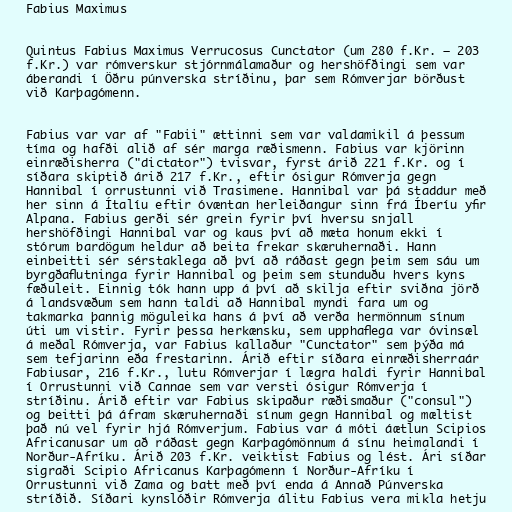
Fabius Maximus

Quintus Fabius Maximus Verrucosus Cunctator (um 280 f.Kr. – 203
f.Kr.) var rómverskur stjórnmálamaður og hershöfðingi sem var
áberandi í Öðru púnverska stríðinu, þar sem Rómverjar börðust
við Karþagómenn.

Fabius var var af "Fabii" ættinni sem var valdamikil á þessum
tíma og hafði alið af sér marga ræðismenn. Fabius var kjörinn
einræðisherra ("dictator") tvisvar, fyrst árið 221 f.Kr. og í
síðara skiptið árið 217 f.Kr., eftir ósigur Rómverja gegn
Hannibal í orrustunni við Trasimene. Hannibal var þá staddur með
her sinn á Ítalíu eftir óvæntan herleiðangur sinn frá Íberíu yfir
Alpana. Fabius gerði sér grein fyrir því hversu snjall
hershöfðingi Hannibal var og kaus því að mæta honum ekki í
stórum bardögum heldur að beita frekar skæruhernaði. Hann
einbeitti sér sérstaklega að því að ráðast gegn þeim sem sáu um
byrgðaflutninga fyrir Hannibal og þeim sem stunduðu hvers kyns
fæðuleit. Einnig tók hann upp á því að skilja eftir sviðna jörð
á landsvæðum sem hann taldi að Hannibal myndi fara um og
takmarka þannig möguleika hans á því að verða hermönnum sínum
úti um vistir. Fyrir þessa herkænsku, sem upphaflega var óvinsæl
á meðal Rómverja, var Fabius kallaður "Cunctator" sem þýða má
sem tefjarinn eða frestarinn. Árið eftir síðara einræðisherraár
Fabiusar, 216 f.Kr., lutu Rómverjar í lægra haldi fyrir Hannibal
í Orrustunni við Cannae sem var versti ósigur Rómverja í
stríðinu. Árið eftir var Fabius skipaður ræðismaður ("consul")
og beitti þá áfram skæruhernaði sínum gegn Hannibal og mæltist
það nú vel fyrir hjá Rómverjum. Fabius var á móti áætlun Scipios
Africanusar um að ráðast gegn Karþagómönnum á sínu heimalandi í
Norður-Afríku. Árið 203 f.Kr. veiktist Fabius og lést. Ári síðar
sigraði Scipio Africanus Karþagómenn í Norður-Afríku í
Orrustunni við Zama og batt með því enda á Annað Púnverska
stríðið. Síðari kynslóðir Rómverja álitu Fabius vera mikla hetju